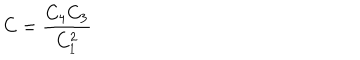
{ \displaystyle { C = \frac { C _ { 4 } C _ { 3 } } { C _ { 1 } ^ { 2 } } } }